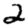
Digit: 2